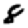
Digit: 8